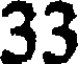
33